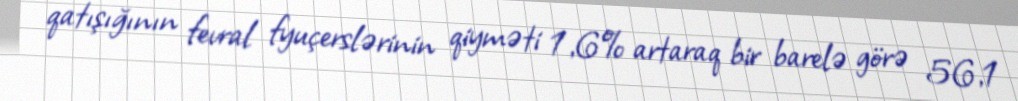
qatışığının fevral fyuçerslərinin qiyməti 1,6% artaraq bir barelə görə 56,1